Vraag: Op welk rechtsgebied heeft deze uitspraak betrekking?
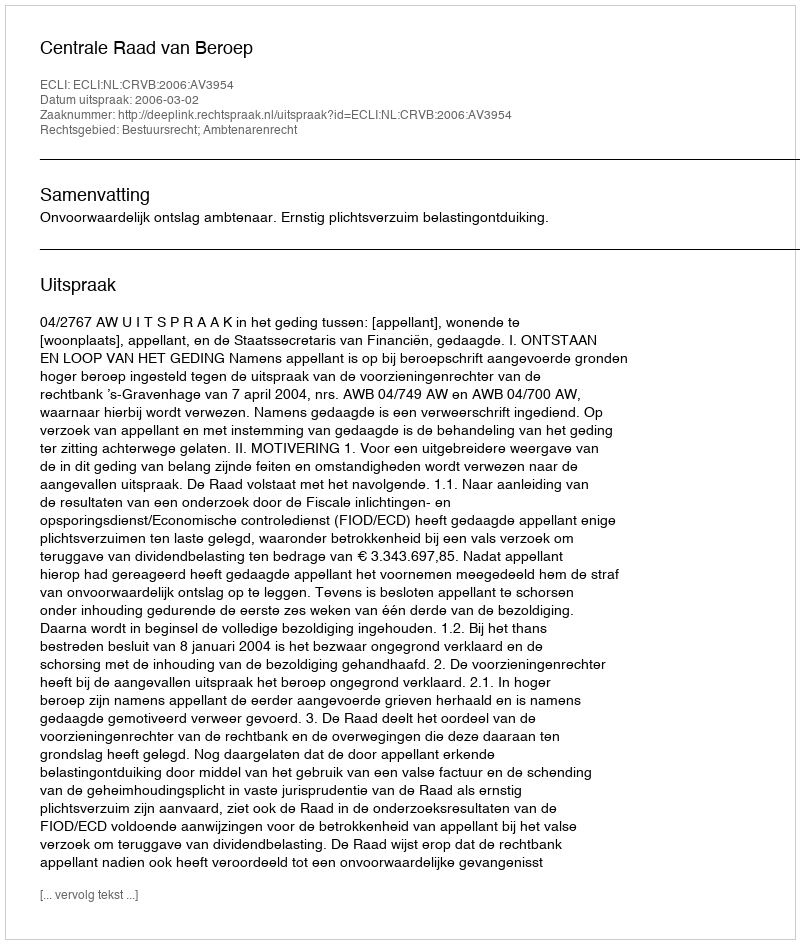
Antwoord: Bestuursrecht; Ambtenarenrecht